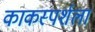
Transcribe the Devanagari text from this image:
काकस्पर्शला